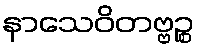
နာသေဝိတဗ္ဗဉ္စ